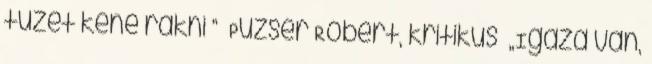
tüzet kéne rakni ” Puzsér Róbert, kritikus „Igaza van,